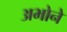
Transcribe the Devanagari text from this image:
अभोने